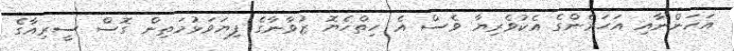
އަހަންނާއި އަހަރެންގެ އެކުވެރިޔާ ވެސް އެ ހިތްހެޔޮ ޒުވާނާގެ ފިޔަވަޅުމަތިން ގޮސް ސީރިއާގެ